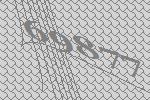
69877